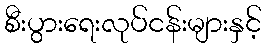
စီးပွားရေးလုပ်ငန်းများနှင့်